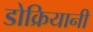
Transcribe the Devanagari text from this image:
डोक्रियानी